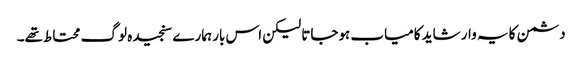
دشمن کا یہ وار شاید کامیاب ہوجاتا لیکن اس بار ہمارے سنجیدہ لوگ محتاط تھے۔